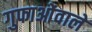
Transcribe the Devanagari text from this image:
गुफाओंवाले